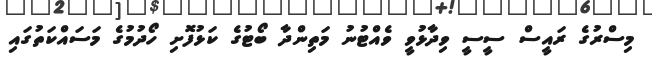
މިސްރުގެ ރައީސް ސީސީ ވިދާޅުވީ ވެއްޓުނު މަތިންދާ ބޯޓުގެ ކަޅުފޮށި ހޯދުމުގެ މަސައްކަތުގައި